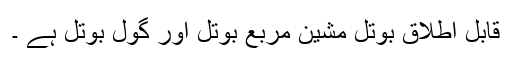
قابل اطلاق بوتل مشین مربع بوتل اور گول بوتل ہے ۔